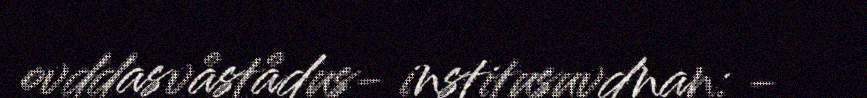
ovddasvåstådus- institusuvdnan: -